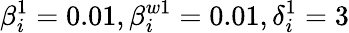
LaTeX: \beta_{i}^{1}=0.01,\beta_{i}^{w1}=0.01,\delta_{i}^{1}=3